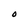
Character: O